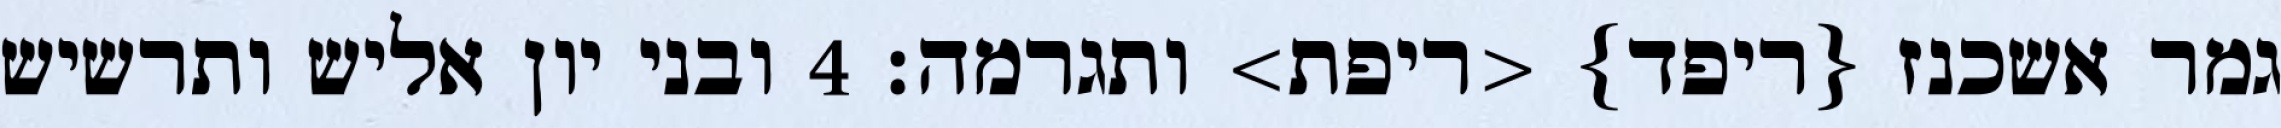
גמר אשכנז {ריפד} <ריפת> ותגרמה׃ ‎4‏ ובני יון אליש ותרשיש